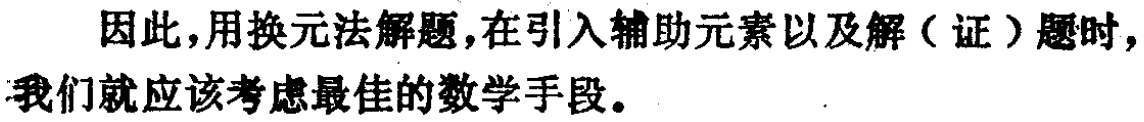
因此，用换元法解题，在引入辅助元素以及解（证）题时，我们就应该考虑最佳的数学手段。